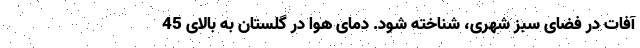
آفات در فضای سبز شهری، شناخته شود. دمای هوا در گلستان به بالای 45